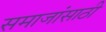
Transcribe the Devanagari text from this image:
समाजांसाठी